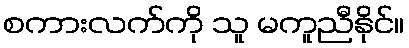
စကားလက်ကို သူ မကူညီနိုင်။